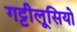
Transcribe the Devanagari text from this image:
गट्टीलूसियो